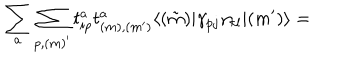
\sum _ { a } \sum _ { p , ( m ) ^ { \prime } } t _ { i p } ^ { a } t _ { ( m ) , ( m ^ { \prime } ) } ^ { a } \langle ( \tilde { m } ) | \gamma _ { p j } \gamma _ { k l } | ( m ^ { \prime } ) \rangle =